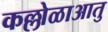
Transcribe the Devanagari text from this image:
कल्लोळाआतु